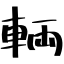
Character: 輌